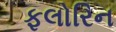
ફલોરિન